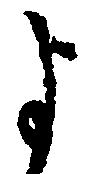
よ